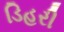
ડિહરી